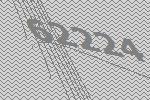
62224